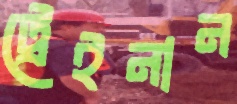
ট্রেইনান